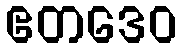
ဧတဒေဝ